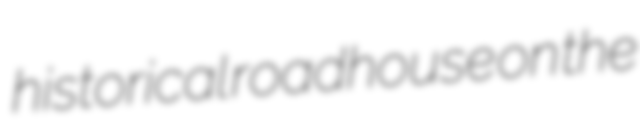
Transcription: historical roadhouse on the